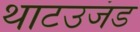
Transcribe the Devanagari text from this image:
थाटउजंड